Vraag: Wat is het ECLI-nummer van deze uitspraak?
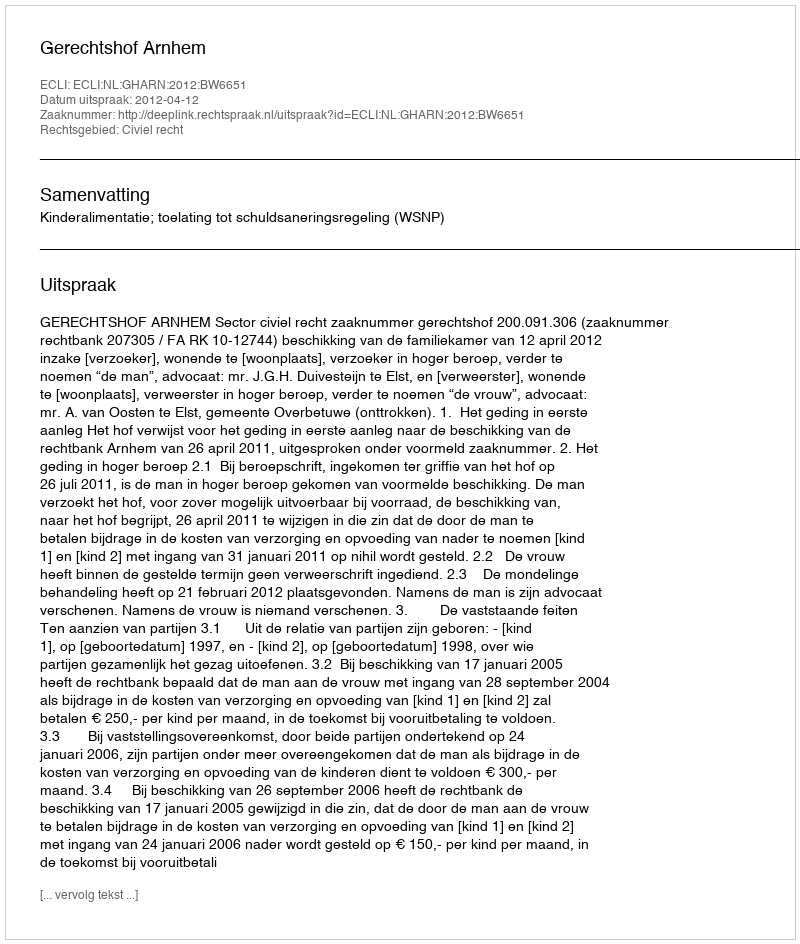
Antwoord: ECLI:NL:GHARN:2012:BW6651